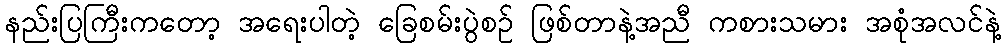
နည်းပြကြီးကတော့ အရေးပါတဲ့ ခြေစမ်းပွဲစဉ် ဖြစ်တာနဲ့အညီ ကစားသမား အစုံအလင်နဲ့